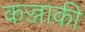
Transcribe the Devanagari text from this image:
कज्जाकी